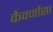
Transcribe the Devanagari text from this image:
कैवर्नोसा